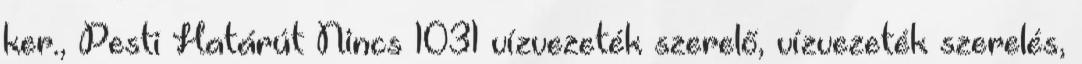
ker., Pesti Határút Nincs 1031 vízvezeték szerelő, vízvezeték szerelés,